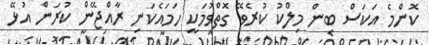
ކޮންމެ އަކަސް ބިން މިލްކު ކުރެވޭ ގޮތްވުމަކީ ހަމައެކަނި ރާއްޖޭން ކުރަން އުޅޭ